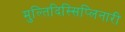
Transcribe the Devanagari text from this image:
मुल्तिदिस्सिप्लिनारी